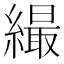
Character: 繓